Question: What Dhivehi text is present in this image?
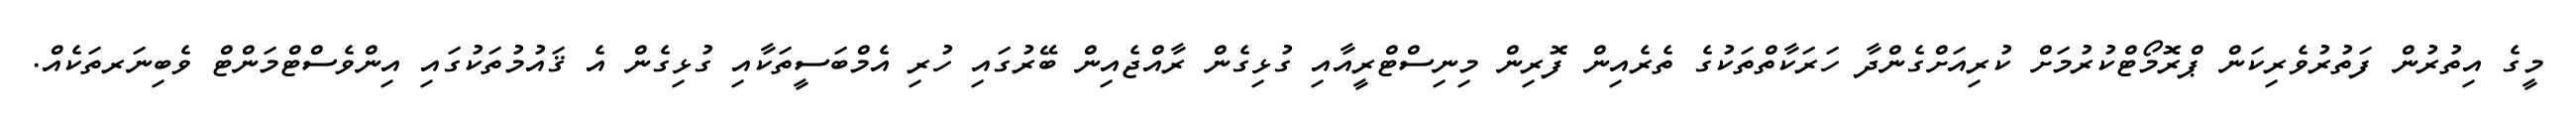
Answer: މީގެ އިތުރުން ފަތުރުވެރިކަން ޕްރޮމޯޓްކުރުމަށް ކުރިއަށްގެންދާ ހަރަކާތްތަކުގެ ތެރެއިން ފޮރިން މިނިސްޓްރީއާއި ގުޅިގެން ރާއްޖެއިން ބޭރުގައި ހުރި އެމްބަސީތަކާއި ގުޅިގެން އެ ޤައުމުތަކުގައި އިންވެސްޓްމަންޓް ވެބިނަރތަކެއް.